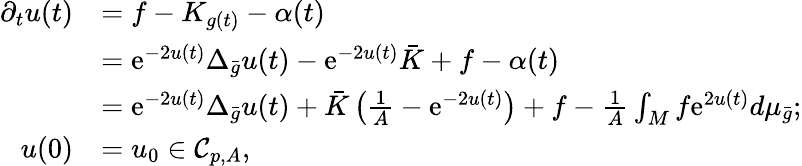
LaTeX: \begin{array}{rl}{\partial_{t}u(t)}&{=f-K_{g(t)}-\alpha(t)}\\ &{=\mathrm{e}^{-2u(t)}\Delta_{\bar{g}}u(t)-\mathrm{e}^{-2u(t)}\bar{K}+f-\alpha(t)}\\ &{=\mathrm{e}^{-2u(t)}\Delta_{\bar{g}}u(t)+\bar{K}\left(\frac 1A-\mathrm{e}^{-2u(t)}\right)+f-\frac 1A\int_{M}f\mathrm{e}^{2u(t)}d\mu_{\bar{g}};}\\ {u(0)}&{=u_{0}\in\mathcal{C}_{p,A},}\end{array}